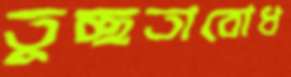
তুচ্ছতাবোধ